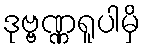
ဒုဗ္ဗဏ္ဏရူပါမှိ